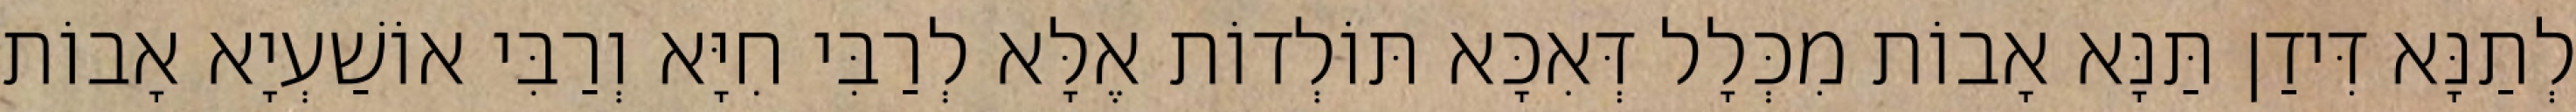
לְתַנָּא דִּידַן תַּנָּא אָבוֹת מִכְּלָל דְּאִכָּא תּוֹלְדוֹת אֶלָּא לְרַבִּי חִיָּא וְרַבִּי אוֹשַׁעְיָא אָבוֹת